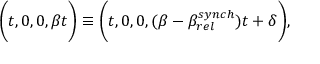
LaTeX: \bigg ( t , 0 , 0 , \beta t \bigg ) \equiv \bigg ( t , 0 , 0 , ( \beta - \beta _ { r e l } ^ { s y n c h } ) t + \delta \bigg ) ,